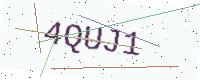
Text: 4QUJ1